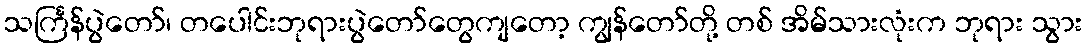
သင်္ကြန်ပွဲတော်၊ တပေါင်းဘုရားပွဲတော်တွေကျတော့ ကျွန်တော်တို့ တစ် အိမ်သားလုံးက ဘုရား သွား